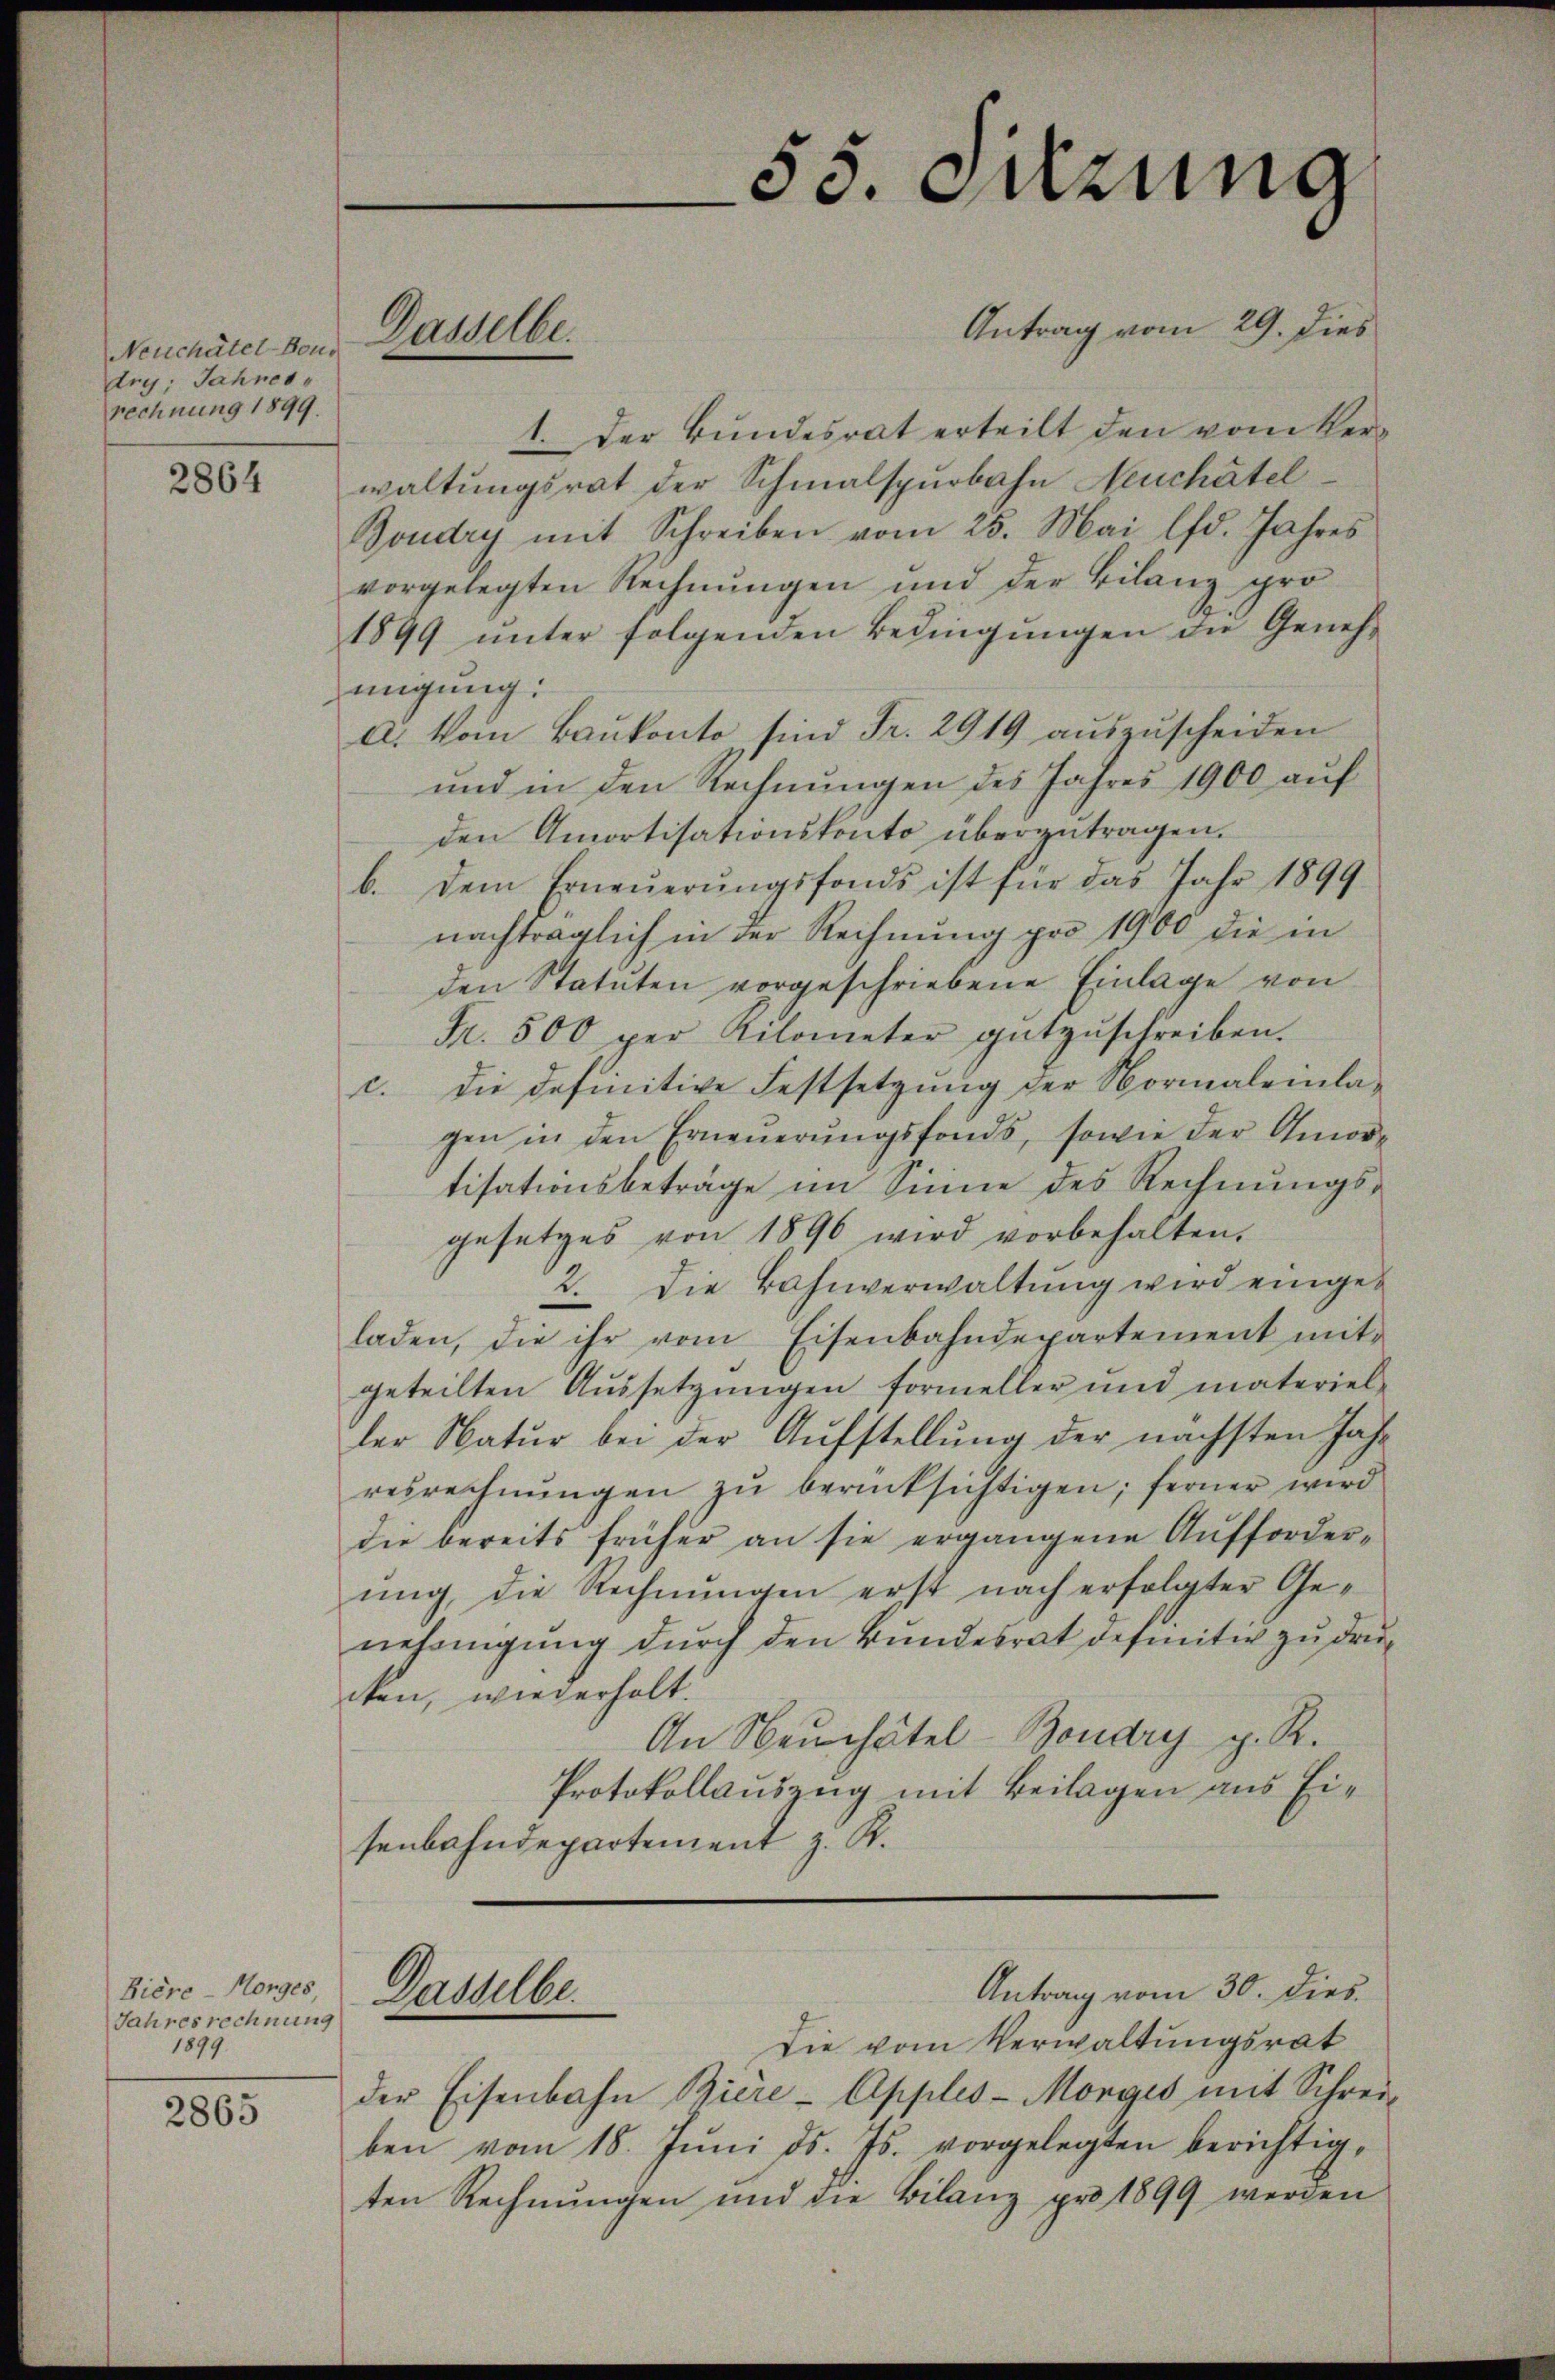
Neuchâtel Bons
Arg. Jahres
rechnung 1899.

2864

Bière-Morges,
Jahresrechnung
1899.

2865

Dasselbe.

Antrag vom 29. dies
1. Der Bundesrat erteilt den vom Verwaltungsrat der Schmalspurbahn Neuchâtel
Goudry mit Schreiben vom 25. Mai lfd. Jahres
vorgelegten Rechnungen und der Bilanz pro¬
1899 ŭnter folgenden Bedingŭngen die Geneh-
migung:
a. Vom Baukonto, sind Fr. 2919 auszuscheiden
und in den Rechnungen des Jahres 1900 auf
den Amortisationskonto überzutragen.
b. dem Erneŭerŭngsfonds ist für das Jahr 1899
nachträglich in der Rechnung pro 1900 die in
den Statuten vorgeschriebene Einlage von
Fr. 500 per Kilometer gutzŭschreiben.
c. die definitive Festsetzung der Normaleinlagen in den Erneuerungsfonds, sowie der Amortisationsbeträge im Sinne des Rechnungsgesetzes von 1896 wird vorbehalten.
2. Die Bahnverwaltung wird eingeladen, die ihr vom Eisenbahndepartement mit
geteilten Aŭssetzŭngen formeller und materiel
ler Natur bei der Aufstellung der nächsten Jahr
resrechnŭngen zŭ berücksichtigen; ferner wird
die bereits früher an sie ergangene Aufforderung, die Rechnungen erst nach erfolgter Genehmigung durch den Bundesrat definitiv zu druken, wiederholt.
An Neuchätel-Boudry g. R.
Protokollauszug mit Beilagen aus Eisenbahndepartement z. R.
Antrag vom 30. dies
Dasselbe.
Die vom Verwaltungsrat
der Eisenbahn Biere - Apples-Morges mit Schreiben vom 18. Juni d. Js. vorgelegten berichtigten Rechnŭngen und die Bilanz pro 1899 werden

E
55. Dezung